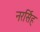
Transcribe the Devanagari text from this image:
नरर्सिह